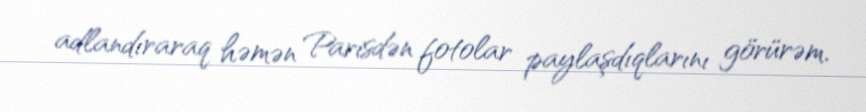
adlandıraraq həmən Parisdən fotolar paylaşdıqlarını görürəm.